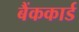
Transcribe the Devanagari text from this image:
बैंककार्ड